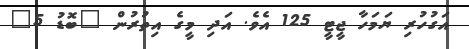
އަގުހުރި ޔަމަހާ ޖީޓީ 125 އެވެ. އަދި މީގެ އިތުރުން "ބޮޑު 5"